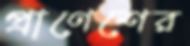
প্রাণেশের